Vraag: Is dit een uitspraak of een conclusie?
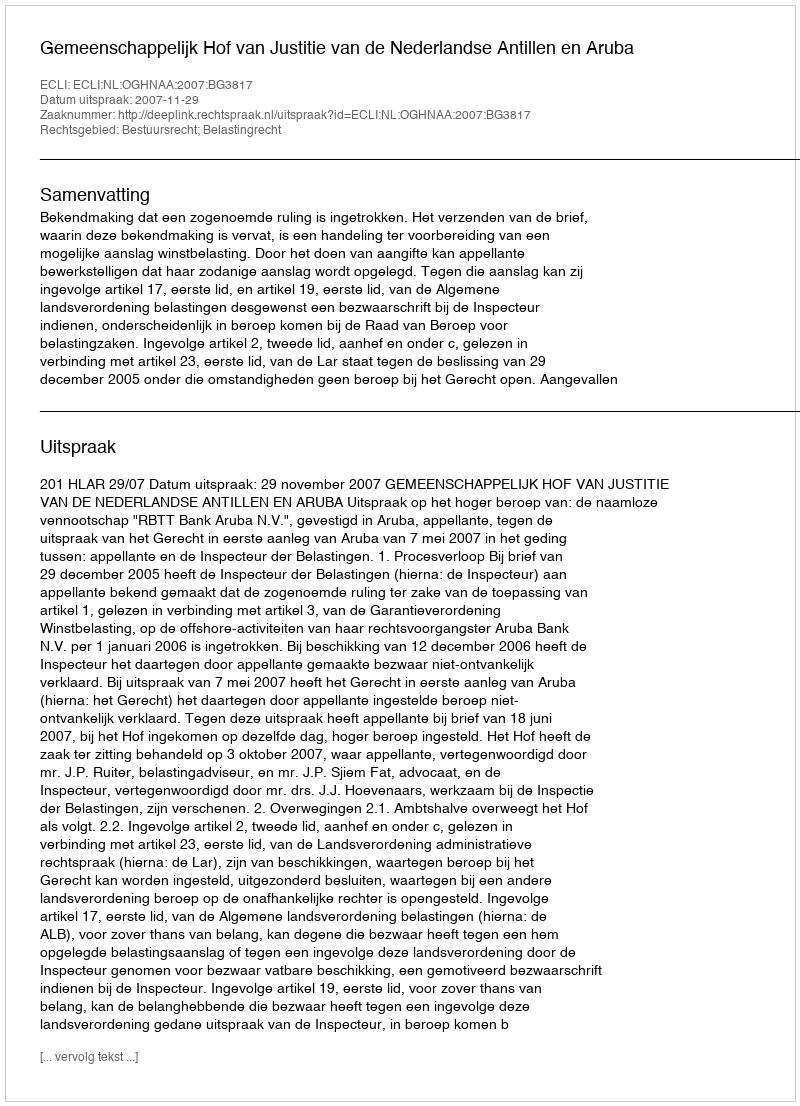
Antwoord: Uitspraak